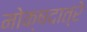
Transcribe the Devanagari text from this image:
मोक्षदात्रे